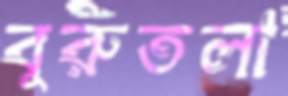
বুরুতলা